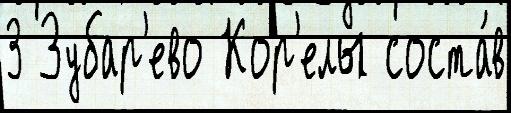
3 Зубар'ево Кор'елы соста́в